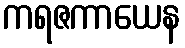
ကရဇကာယေန